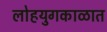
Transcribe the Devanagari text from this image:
लोहयुगकाळात